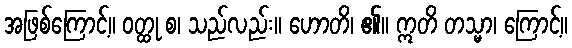
အဖြစ်ကြောင့်။ ဝတ္ထု စ၊ သည်လည်း။ ဟောတိ၊ ၏။ ဣတိ တသ္မာ၊ ကြောင့်။